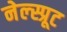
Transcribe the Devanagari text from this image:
नेल्स्प्रूट